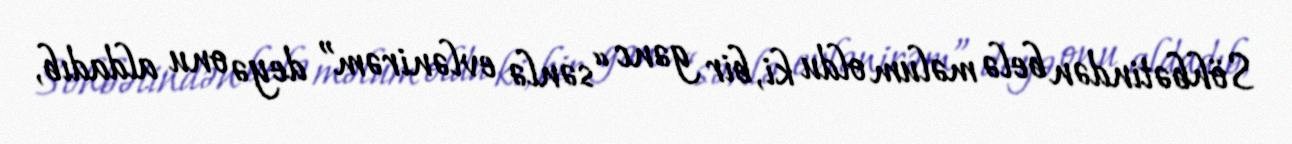
Söhbətindən belə məlum oldu ki, bir gənc “sənlə evlənirəm” deyə onu aldadıb,